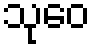
သုဝေ